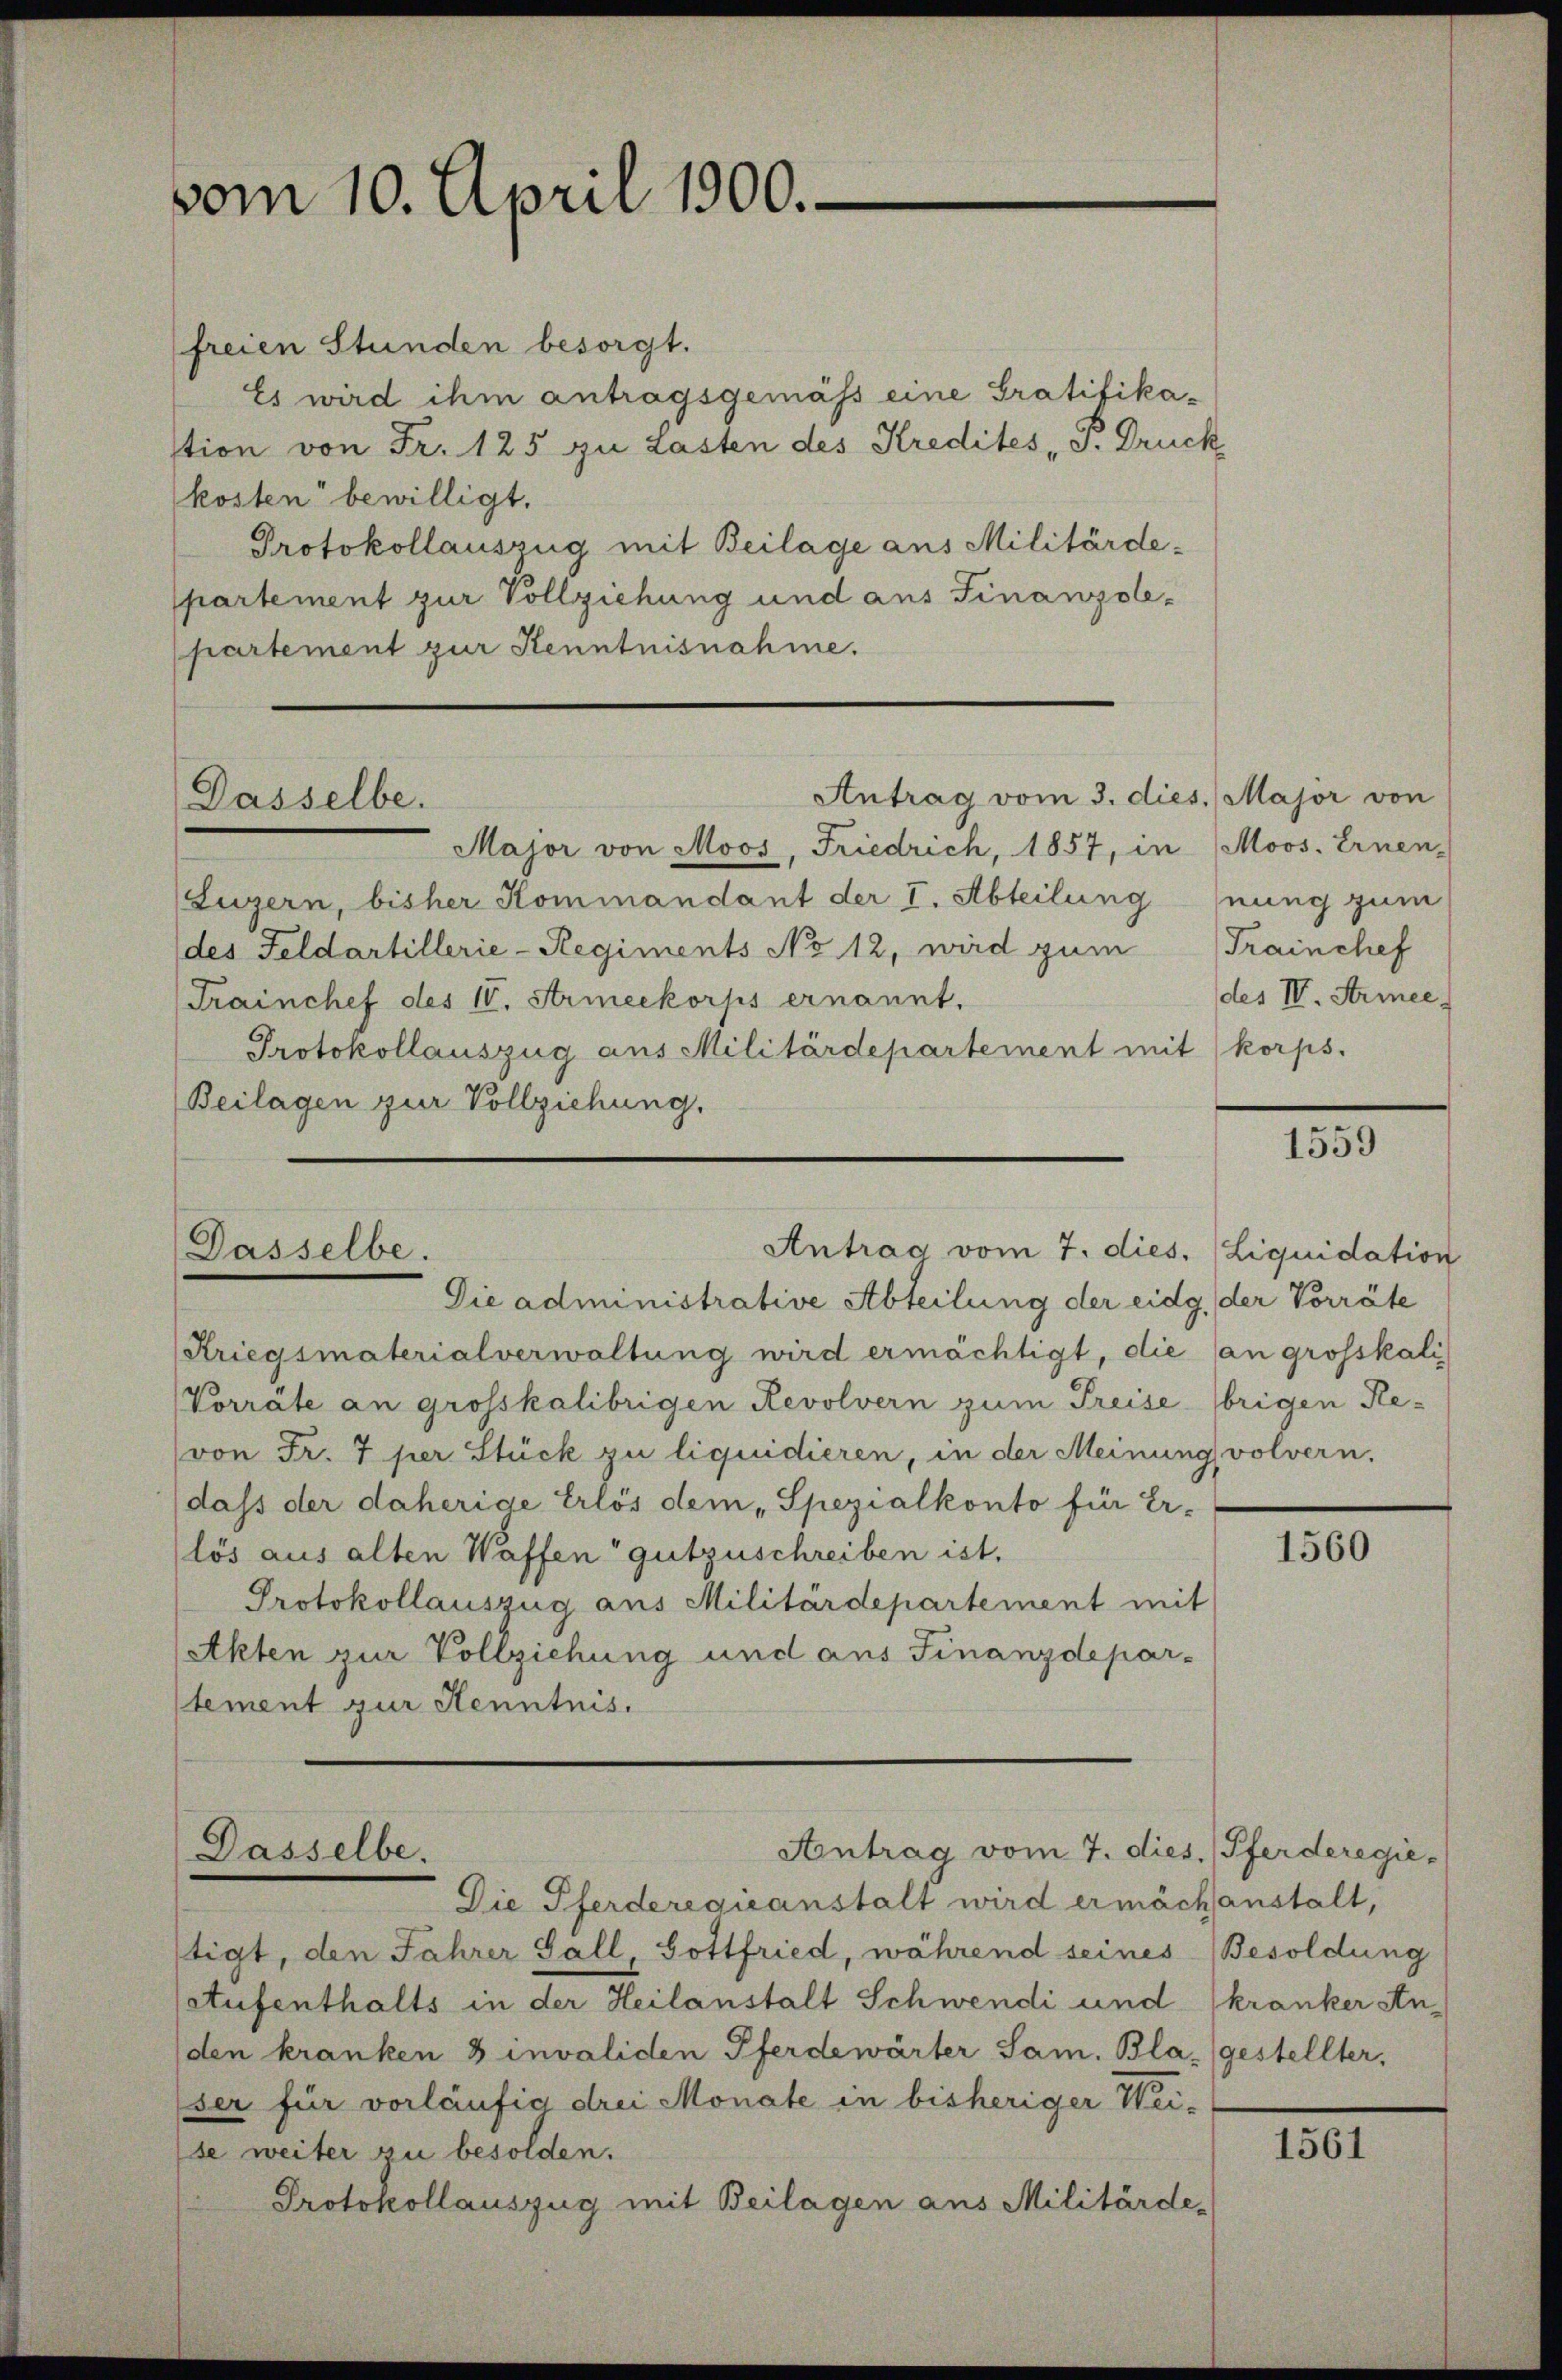
vom 10. April 1900.

freien Stunden besorgt.
Es wird ihm antragsgemäss eine Gratifikastion von Fr. 125 zu Lasten des Kredites P. Druck
kosten bewilligt.
Protokollauszug mit Beilage aus Militärdepartement zur Vollziehung und aus Finanzolepartement zur Kenntnisnahme.

Antrag vom 3. dies. Major von
Dasselbe.

Antrag vom 7. dies. (Liquidation
Dasselbe.
Die administrative Abteilung der eidg. der Vorräte

Major von Moos, Friedrich, 1857, in Moos. Ernen-
Luzern, bisher Kommandant der I. Abteilung
des Feldartillerie-Regiments No 12, wird zum
Trainchef des IV. Armeekorps ernannt.
Protokollauszug aus Militärdepartement mit korps.
Beilagen zur Vollziehung.

Antrag vom 7. dies. (Pferderegie¬
Dasselbe.
Die Pferderegieanstalt wird ermächanstalt,

Kriegsmaterialverwaltung wird ermächtigt, die (an grosskali
Vorräte an grosskalibrigen Revolvern zum Preisebrigen Re¬
(von Fr. 7 per Stück zu liquidieren, in der Meinung volvern.
dass der daherige Erlös dem „Spezialkonto für Er-
lös aus alten Waffen gutzuschreiben ist.
Protokollauszug aus Militärdepartement mit
Akten zur Vollziehung und aus Finanzdepar-
stement zur Kenntnis.

nung zum
Trainchef
des IV. Armee.

stigt, den Jahrer Gall, Gottfried, während seines Besoldung
atufenthalts in der Heilanstalt Schwendi und
(den kranken 3 invaliden Pferdewärter Sam. Bla- (gestellter,
ser für vorläufig drei Monate in bisheriger Wei-
se weiter zu besolden.
Protokollauszug mit Beilagen aus Militärde-

1559

1560

kranker An-

1561